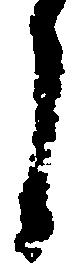
之